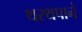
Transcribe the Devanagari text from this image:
थरथपाने